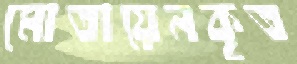
মোতায়েনকৃত